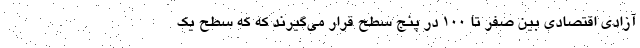
آزادی اقتصادی بین صفر تا ۱۰۰ در پنج سطح قرار می‌گیرند که که سطح یک